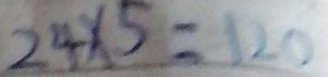
2 4 \times 5 = 1 2 0